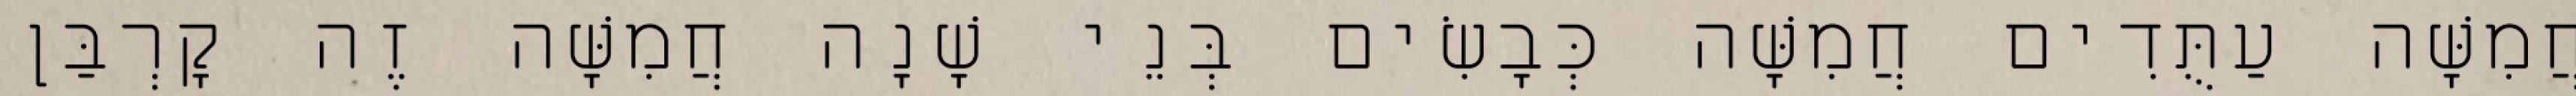
חֲמִשָּׁה עַתֻּדִים חֲמִשָּׁה כְּבָשִׂים בְּנֵי שָׁנָה חֲמִשָּׁה זֶה קָרְבַּן